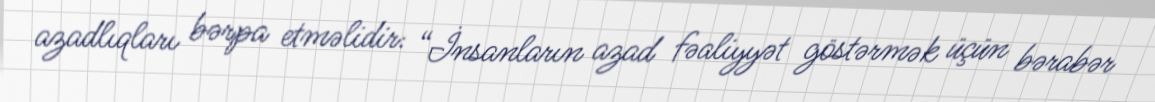
azadlıqları bərpa etməlidir: “İnsanların azad fəaliyyət göstərmək üçün bərabər